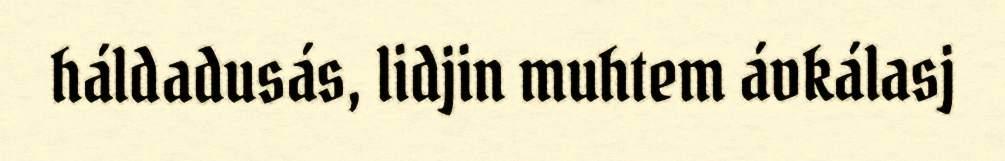
háldadusás, lidjin muhtem ávkálasj